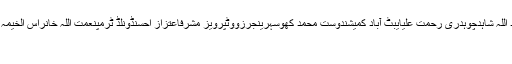
آفتاب شیرپاؤخان عبدالولی خاناسپاٹ فکسنگبلاول بھٹو زرداریشاہد اللہ شاہدچوہدری رحمت علیایبٹ آباد کمیشندوست محمد کھوسہرینجرزووٹپرویز مشرفاعتزاز احسنڈونلڈ ٹرمپنعمت اللہ خانراس الخیمہ، سزاشیری رحمانایف سیجی ایچ کیواسٹاک ایکسچینجعافیہ صدیقی
پشاور(اُردو پوائنٹ اخبارتازہ ترین۔